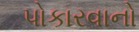
પોકારવાનો